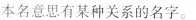
本名意思有某种关系的名字。